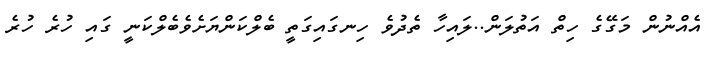
އެއްނުން މަގޭގެ ހިތް އަތުލަން..ލައިހާ ތެދުވެ ހިނގައިގަތީ ބެލްކަންޔަށެވެބެލްކަނީ ގައި ހުރެ ހުރެ